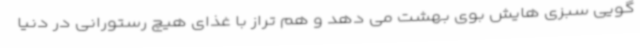
گویی سبزی هایش بوی بهشت می دهد و هم تراز با غذای هیچ رستورانی در دنیا